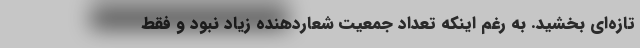
تازه‌ای بخشید. به رغم اینکه تعداد جمعیت شعاردهنده زیاد نبود و فقط